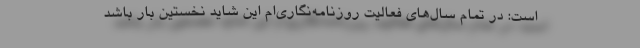
است: در تمام سال‌های فعالیت روزنامه‌نگاری‌ام این شاید نخستین بار باشد